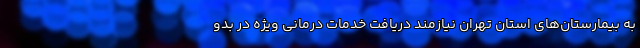
به بیمارستان‌های استان تهران نیازمند دریافت خدمات درمانی ویژه در بدو